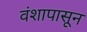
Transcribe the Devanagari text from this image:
वंशापासून